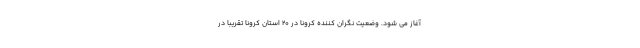
آغاز می شود. وضعیت نگران ‌کننده کرونا در ۲۰ استان کرونا تقریبا در